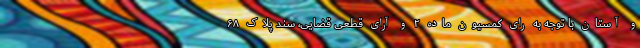
و آستان با توجه به رای کمسیون ماده ۲ و آرای قطعی قضایی، سند پلاک ۶۸